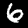
Digit: 6